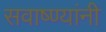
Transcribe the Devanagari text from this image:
सवाष्ण्यांनी